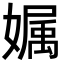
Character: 𡠟